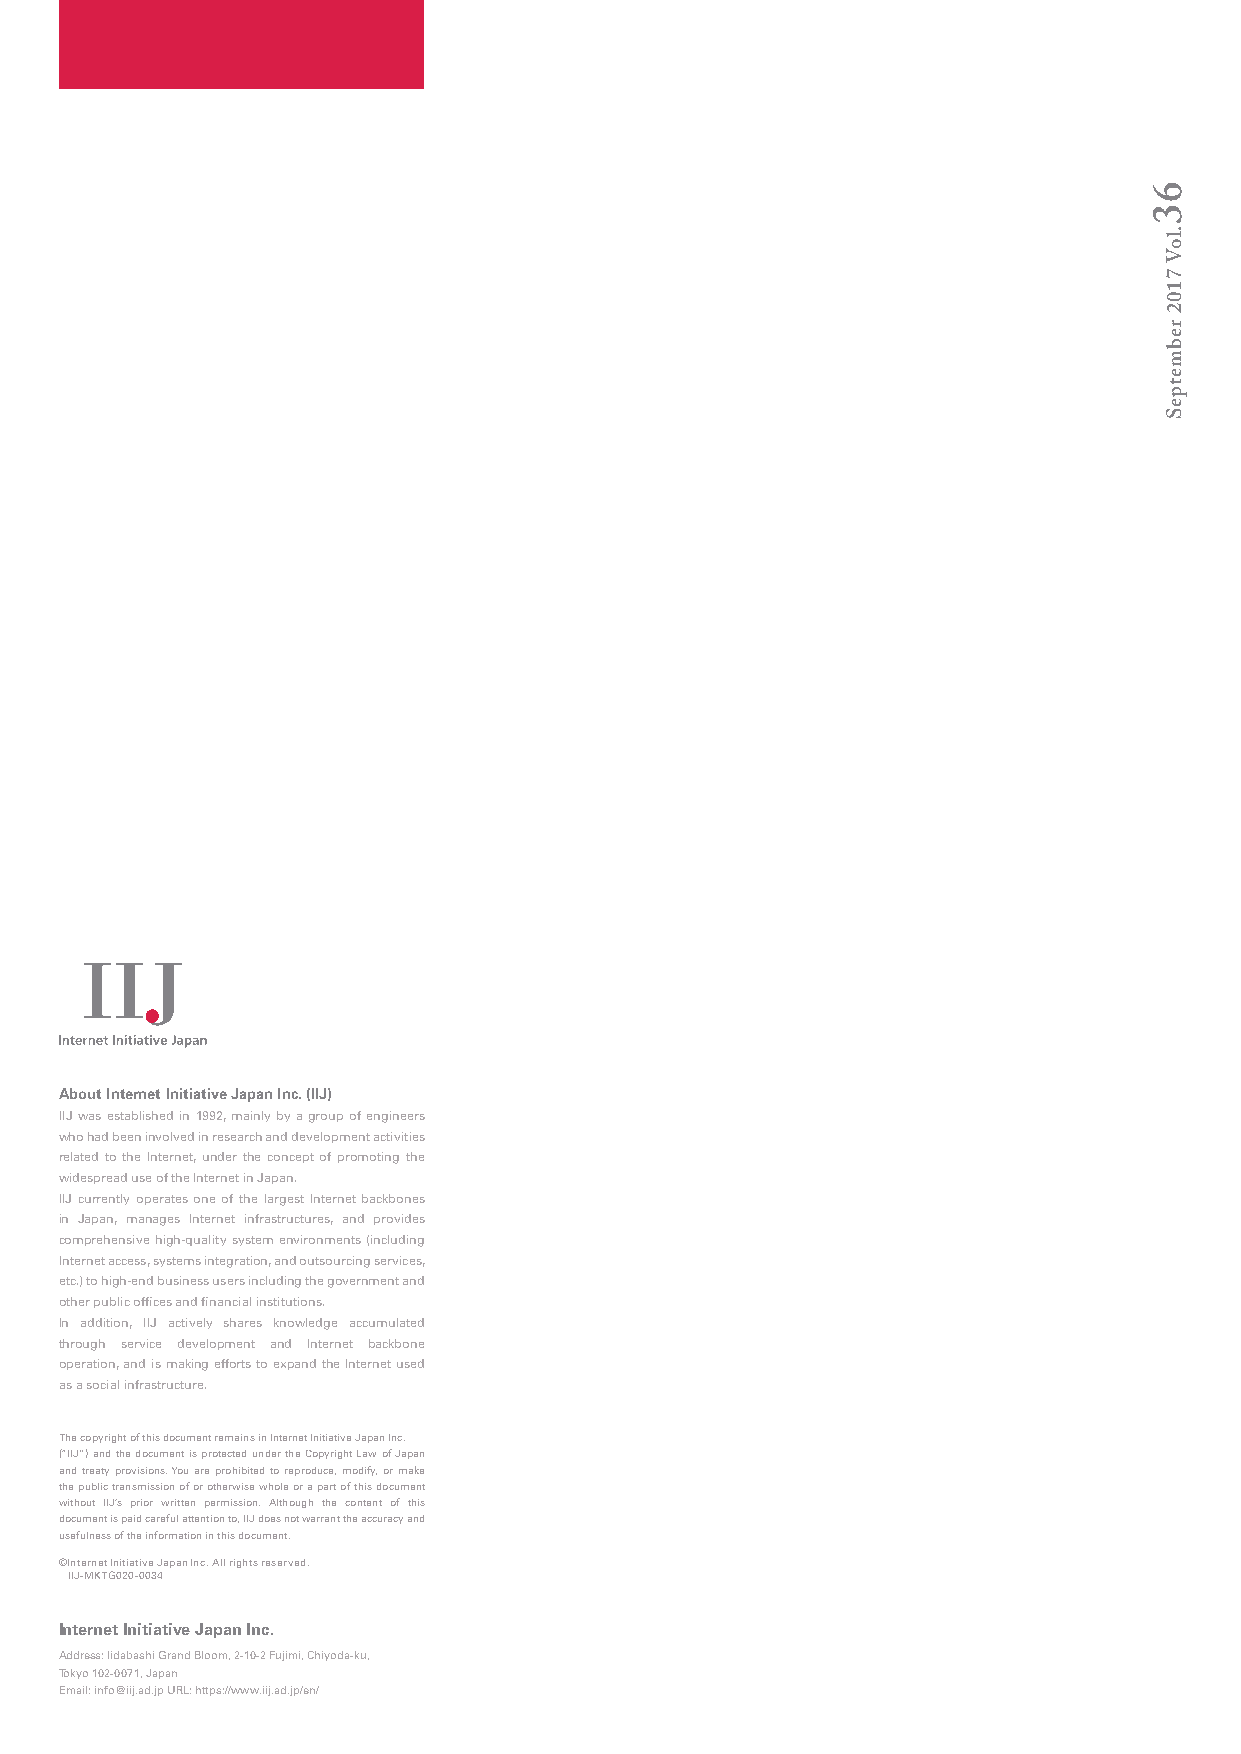
About Internet Initiative Japan Inc. (IIJ)
 IIJ was established in 1992, mainly by a group of engineers
 who had been involved in research and development activities
 related to the Internet, under the concept of promoting the
 widespread use of the Internet in Japan.
 IIJ currently operates one of the largest Internet backbones
 in Japan, manages Internet infrastructures, and provides
 comprehensive high-quality system environments (including
 Internet access, systems integration, and outsourcing services,
 etc.) to high-end business users including the government and
 other public offices and financial institutions.
 In addition, IIJ actively shares knowledge accumulated
 through service development and Internet backbone
 operation, and is making efforts to expand the Internet used
 as a social infrastructure.
 The copyright of this document remains in Internet Initiative Japan Inc.
 (“IIJ”) and the document is protected under the Copyright Law of Japan
 and treaty provisions. You are prohibited to reproduce, modify, or make
 the public transmission of or otherwise whole or a part of this document
 without IIJ’s prior written permission. Although the content of this
 document is paid careful attention to, IIJ does not warrant the accuracy and
 usefulness of the information in this document.
 ©Internet Initiative Japan Inc. All rights reserved.
 IIJ-MKTG020-0034
 Internet Initiative Japan Inc.
 Address: Iidabashi Grand Bloom, 2-10-2 Fujimi, Chiyoda-ku,
 Tokyo 102-0071, Japan
 Email: info@iij.ad.jp URL: https://www.iij.ad.jp/en/
 63
 .loV
 7102
 rebmetpeS